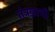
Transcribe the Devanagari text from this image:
तंत्रज्ञाची